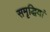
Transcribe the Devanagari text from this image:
समृद्धियां